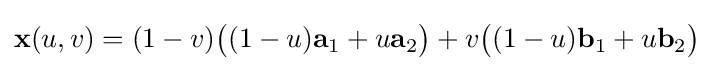
\mathbf {x} (u,v)=(1-v){\big (}(1-u)\mathbf {a} _{1}+u\mathbf {a} _{2}{\big )}+v{\big (}(1-u)\mathbf {b} _{1}+u\mathbf {b} _{2}{\big )}